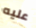
عليه